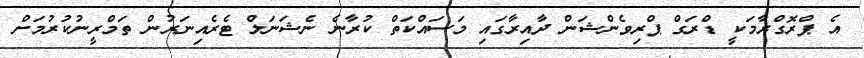
އެ ޕްރޮގްރާމަކީ ޑްރަގް ޕްރިވެންޝަން ދާއިރާގައި މަސައްކަތް ކުރާނެ ނެޝަނަލް ޓެރެއިނަރުން ތަމްރީނުކުރުމަށް